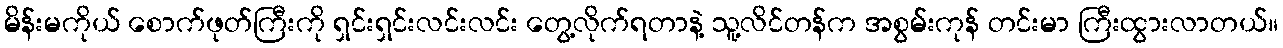
မိန်းမကိုယ် စောက်ဖုတ်ကြီးကို ရှင်းရှင်းလင်းလင်း တွေ့လိုက်ရတာနဲ့ သူ့လိင်တန်က အစွမ်းကုန် တင်းမာ ကြီးထွားလာတယ်။